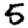
Digit: 5